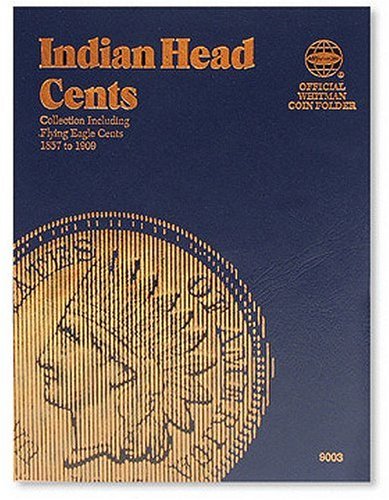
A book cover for Indian Head Cents Folder 1857-1909 (Official Whitman Coin Folder); Whitman; Crafts, Hobbies & Home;